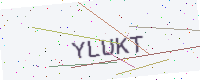
Text: YLUKT